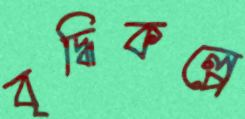
বৃদ্ধিকল্পে